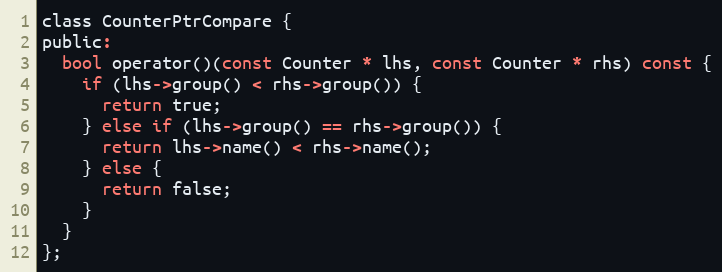
Language: C
class CounterPtrCompare {
public:
  bool operator()(const Counter * lhs, const Counter * rhs) const {
    if (lhs->group() < rhs->group()) {
      return true;
    } else if (lhs->group() == rhs->group()) {
      return lhs->name() < rhs->name();
    } else {
      return false;
    }
  }
};